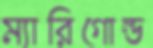
ম্যারিগোল্ড